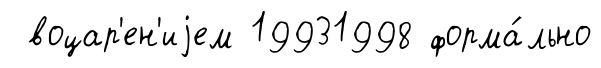
воцар'ен'иjем 19931998 форма́льно